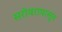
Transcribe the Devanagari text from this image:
सरोवरापासून